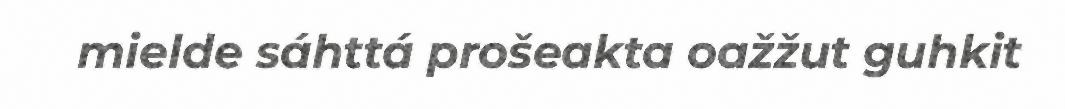
mielde sáhttá prošeakta oažžut guhkit